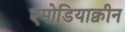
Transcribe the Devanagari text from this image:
एमोडियाक्वीन